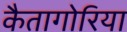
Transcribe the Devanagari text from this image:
कैतागोरिया